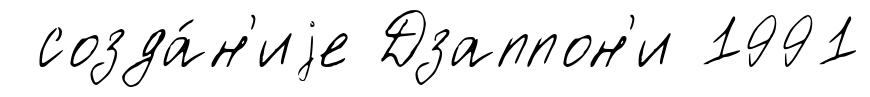
созда́н'иjе Дзаппон'и 1991